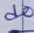
Text: d0